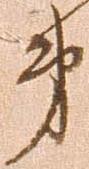
第